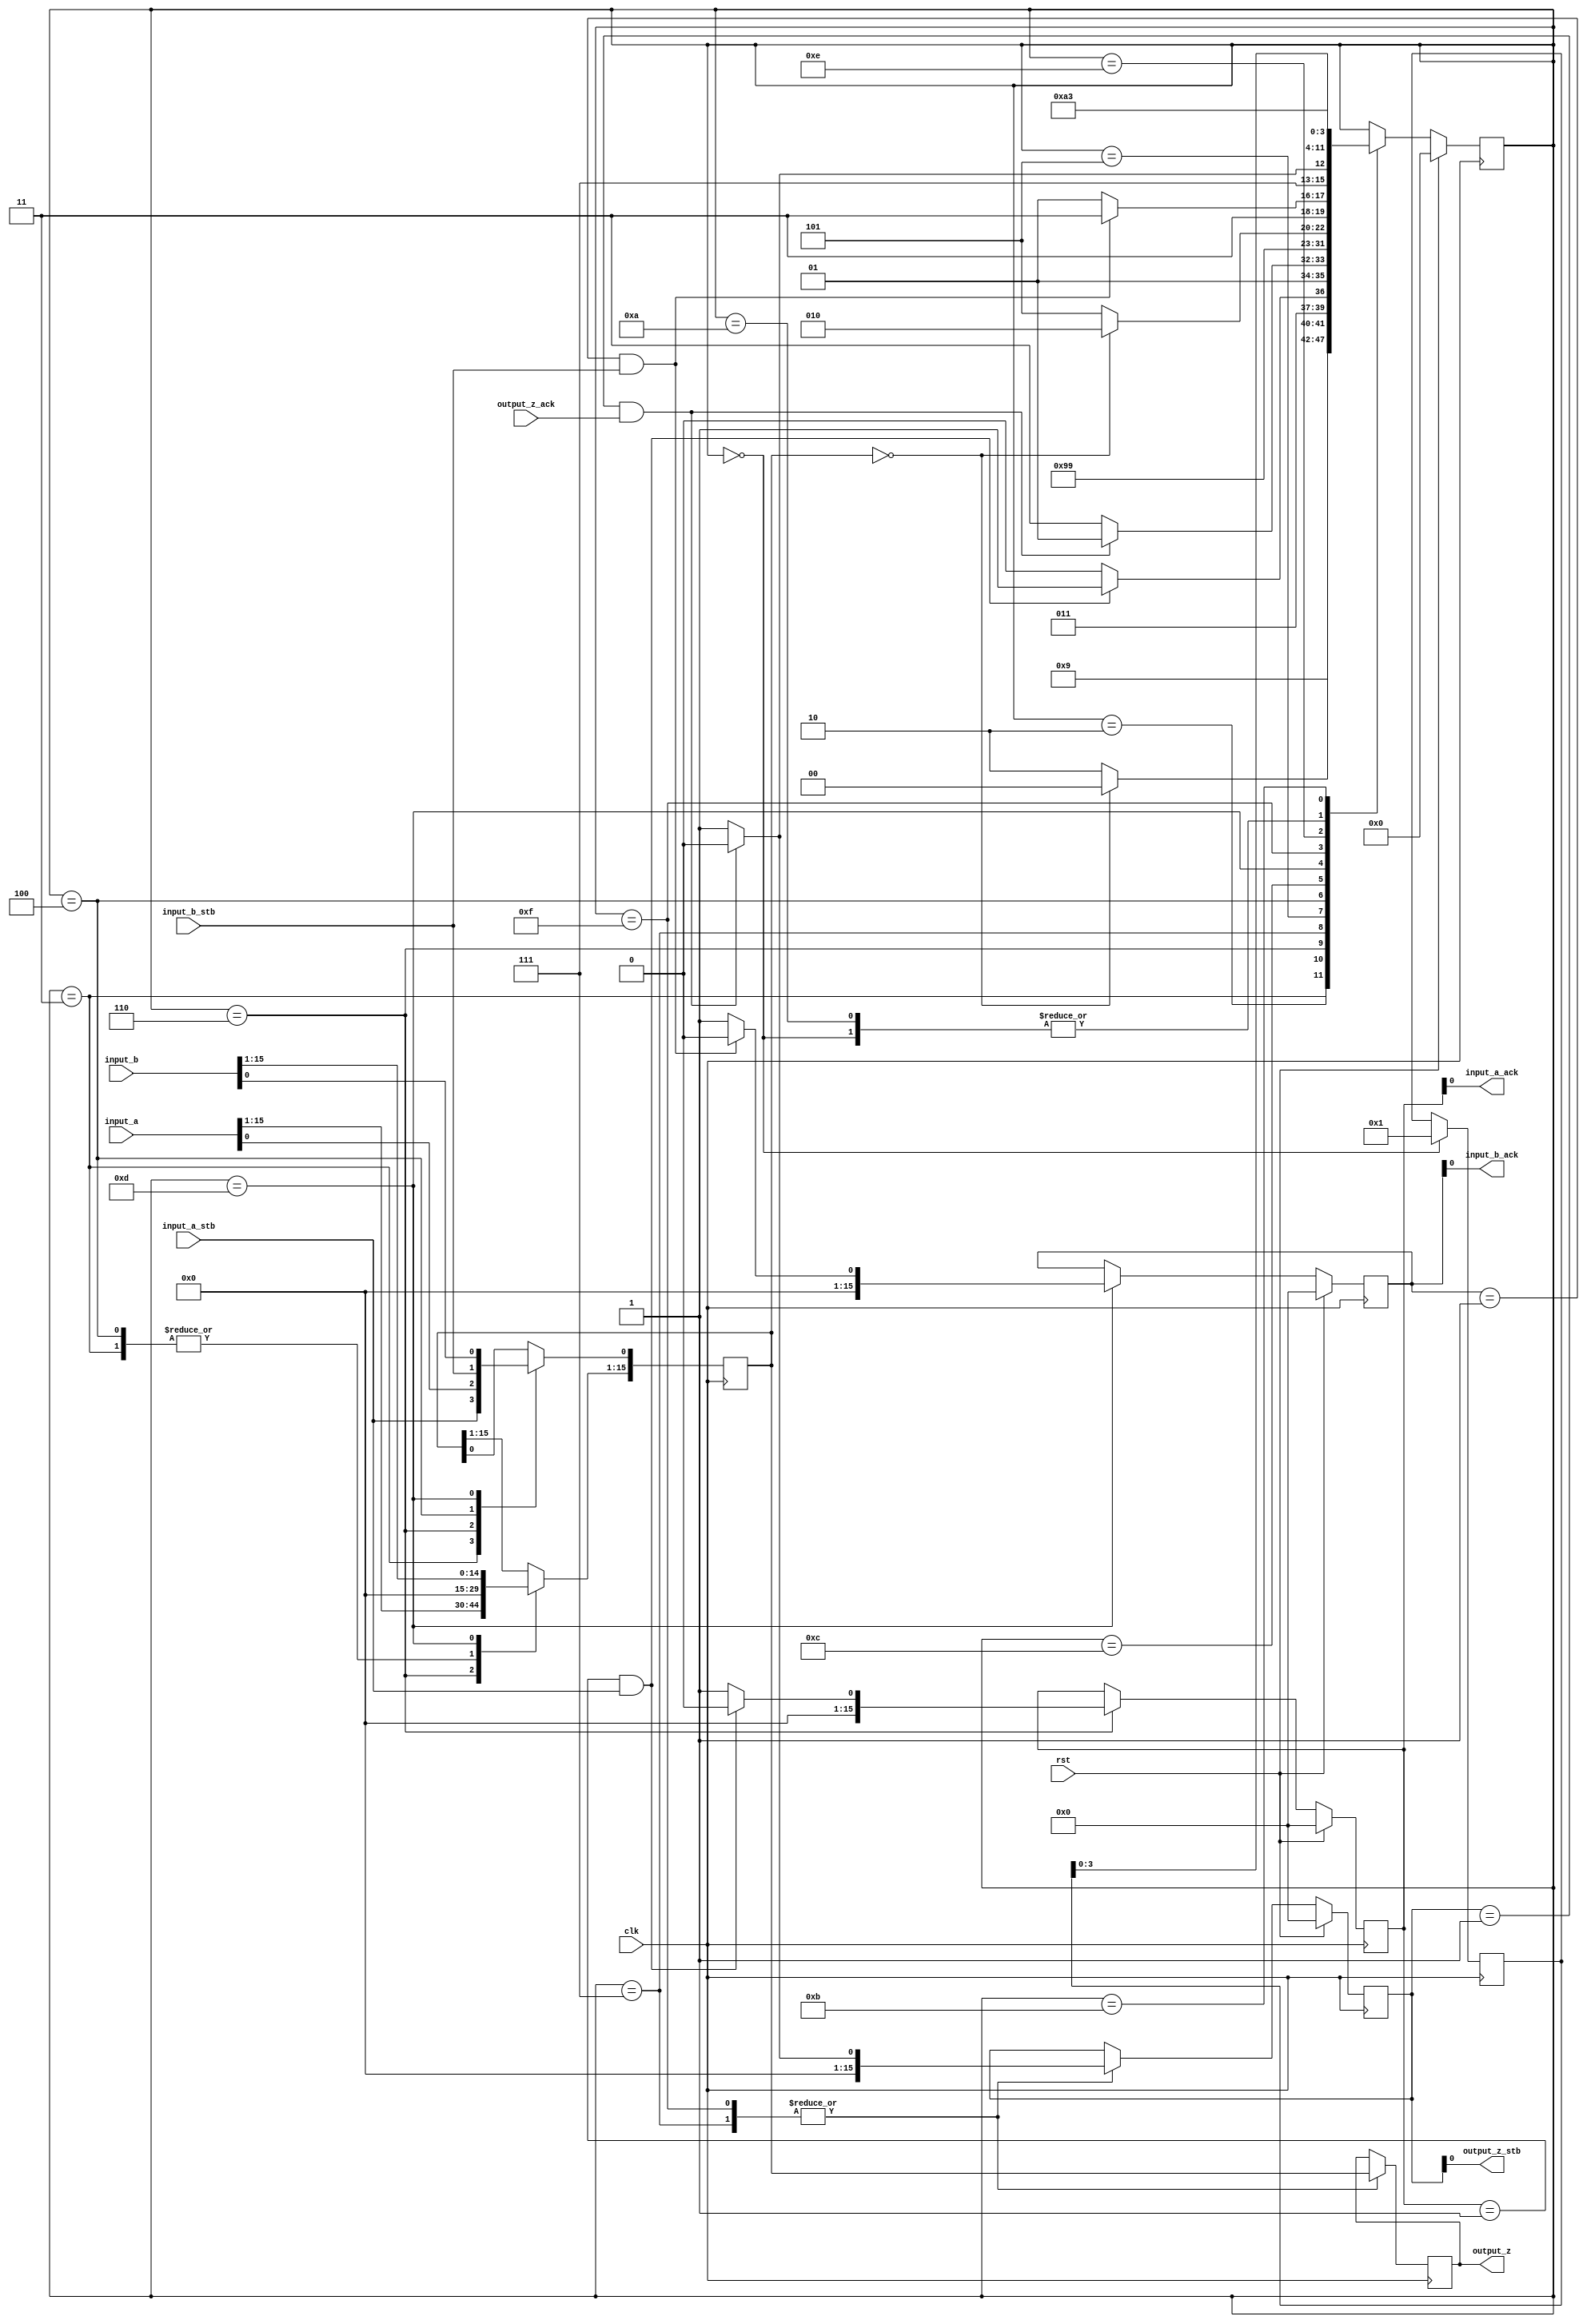
module arbiter_6(input_a,input_b,input_a_stb,input_b_stb,output_z_ack,clk,rst,output_z,output_z_stb,input_a_ack,input_b_ack);
  integer file_count;
  input     [15:0] input_a;
  input     [15:0] input_b;
  input     input_a_stb;
  input     input_b_stb;
  input     output_z_ack;
  input     clk;
  input     rst;
  output    [15:0] output_z;
  output    output_z_stb;
  output    input_a_ack;
  output    input_b_ack;
  reg       [15:0] timer;
  reg       [3:0] program_counter;
  reg       [15:0] address_2;
  reg       [15:0] data_out_2;
  reg       [15:0] data_in_2;
  reg       write_enable_2;
  reg       [15:0] address_4;
  reg       [31:0] data_out_4;
  reg       [31:0] data_in_4;
  reg       write_enable_4;
  reg       [15:0] register_0;
  reg       [15:0] register_1;
  reg       [15:0] s_output_z_stb;
  reg       [15:0] s_output_z;
  reg       [15:0] s_input_a_ack;
  reg       [15:0] s_input_b_ack;
  always @(posedge clk)
  begin
    timer <= 16'h0000;
    case(program_counter)
      16'd0:
      begin
        program_counter <= 16'd1;
        program_counter <= 16'd3;
        register_0 <= 16'd1;
      end
      16'd1:
      begin
        program_counter <= 16'd3;
        program_counter <= program_counter;
      end
      16'd3:
      begin
        program_counter <= 16'd2;
        register_1 <= 0;
        register_1[0] <= input_a_stb;
      end
      16'd2:
      begin
        program_counter <= 16'd6;
        if (register_1 == 0)
          program_counter <= 4;
      end
      16'd6:
      begin
        program_counter <= 16'd7;
        register_1 <= input_a;
        program_counter <= 6;
        s_input_a_ack <= 1'b1;
       if (s_input_a_ack == 1'b1 && input_a_stb == 1'b1) begin
          s_input_a_ack <= 1'b0;
          program_counter <= 16'd7;
        end
      end
      16'd7:
      begin
        program_counter <= 16'd5;
        s_output_z <= register_1;
        program_counter <= 7;
        s_output_z_stb <= 1'b1;
        if (s_output_z_stb == 1'b1 && output_z_ack == 1'b1) begin
          s_output_z_stb <= 1'b0;
          program_counter <= 5;
        end
      end
      16'd5:
      begin
        program_counter <= 16'd4;
        program_counter <= 16'd4;
      end
      16'd4:
      begin
        program_counter <= 16'd12;
        register_1 <= 0;
        register_1[0] <= input_b_stb;
      end
      16'd12:
      begin
        program_counter <= 16'd13;
        if (register_1 == 0)
          program_counter <= 10;
      end
      16'd13:
      begin
        program_counter <= 16'd15;
        register_1 <= input_b;
        program_counter <= 13;
        s_input_b_ack <= 1'b1;
       if (s_input_b_ack == 1'b1 && input_b_stb == 1'b1) begin
          s_input_b_ack <= 1'b0;
          program_counter <= 16'd15;
        end
      end
      16'd15:
      begin
        program_counter <= 16'd14;
        s_output_z <= register_1;
        program_counter <= 15;
        s_output_z_stb <= 1'b1;
        if (s_output_z_stb == 1'b1 && output_z_ack == 1'b1) begin
          s_output_z_stb <= 1'b0;
          program_counter <= 14;
        end
      end
      16'd14:
      begin
        program_counter <= 16'd10;
        program_counter <= 16'd10;
      end
      16'd10:
      begin
        program_counter <= 16'd11;
        program_counter <= 16'd3;
      end
      16'd11:
      begin
        program_counter <= 16'd9;
        program_counter <= register_0;
      end
    endcase
    if (rst == 1'b1) begin
      program_counter <= 0;
      s_input_a_ack <= 0;
      s_input_b_ack <= 0;
      s_output_z_stb <= 0;
    end
  end
  assign input_a_ack = s_input_a_ack;
  assign input_b_ack = s_input_b_ack;
  assign output_z_stb = s_output_z_stb;
  assign output_z = s_output_z;
endmodule